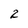
Character: 2